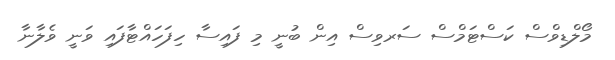
މޯލްޑިވްސް ކަސްޓަމްސް ސަރވިސް އިން ބުނީ މި ފައިސާ ހިފަހައްޓާފައި ވަނީ ވެލާނާ